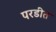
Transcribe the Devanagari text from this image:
परडीत